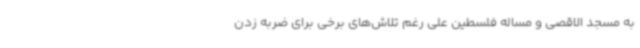
به مسجد الاقصی و مساله فلسطین علی رغم تلاش‌های برخی برای ضربه زدن